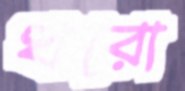
ধরো